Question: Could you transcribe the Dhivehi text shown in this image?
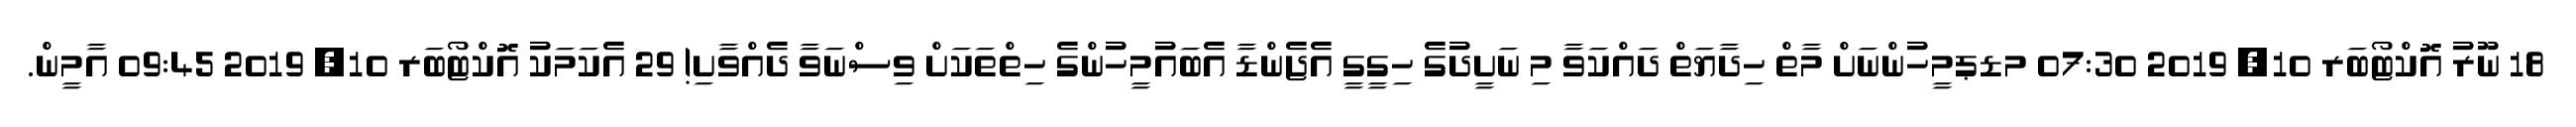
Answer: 18 ނޫރު އޮކްޓޯބަރ 10, 2019 07:30 މޑޕމީހުންނަށް މާތް ހިދާޔަތް ދައްކަވާ މި ނަށީދުގެ ހިގީގީ އެޖެންޑާ އެބައުމީހުންގެ ހިތްތަކަށް ވިސްނަވާ ދެއްވާށި! 29 އެކަމަކު އޮކްޓޯބަރ 10, 2019 09:45 އާމީން.